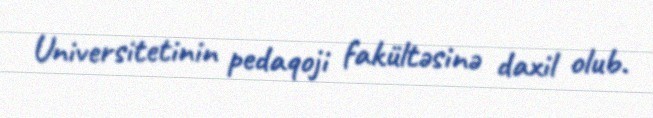
Universitetinin pedaqoji fakültəsinə daxil olub.